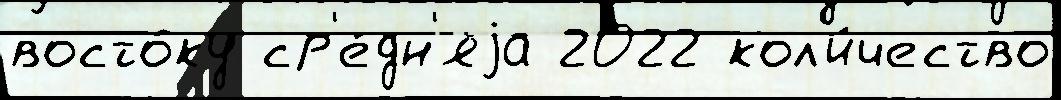
восто́ку ср'е́дн'яjа 2022 кол'и́чество